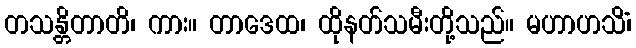
တသန္တိတာတိ၊ ကား။ တာဒေထ၊ ထိုနတ်သမီးတို့သည်။ မဟာဟသိံ၊